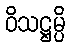
ဝိသဋ္ဌမ္ပိ